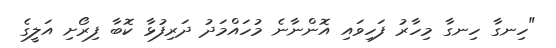
"ހިނގާ ހިނގާ މިހާރު ފަހިވައި އޮންނާނެ މުހައްމަދު ދަރިފުޅާ ކޮބާ ފިރޯށި އަލީގެ